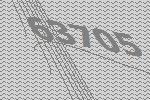
63705